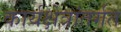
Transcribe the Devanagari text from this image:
कार्यक्षेत्रांतर्गत